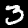
Label: 3